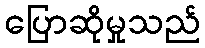
ပြောဆိုမှုသည်